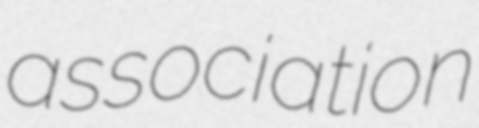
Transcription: association